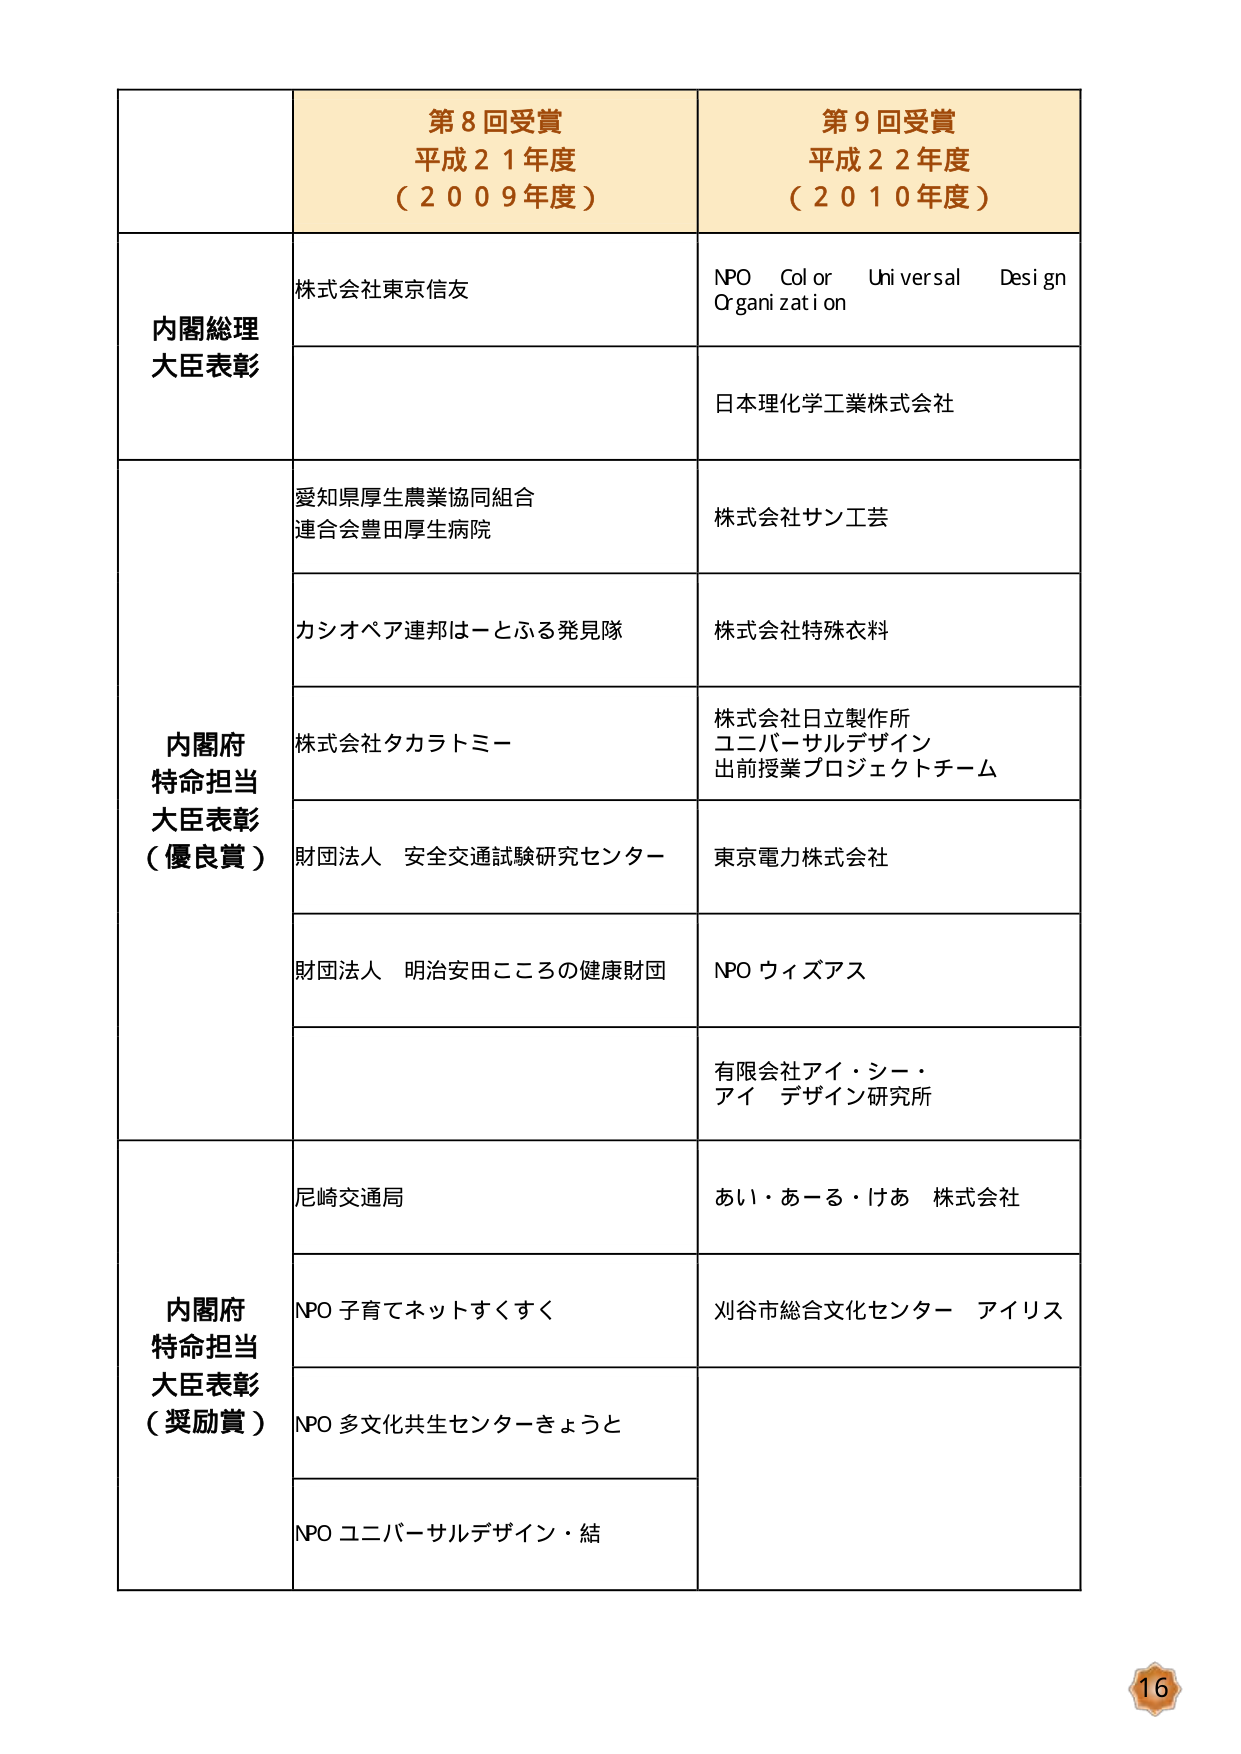
第８回受賞
平成２１年度
（２００９年度）

第９回受賞
平成２２年度
（２０１０年度）

内閣総理大臣表彰
株式会社東京信友
NPO Color Universal Design Organization
日本理化学工業株式会社

内閣府特命担当大臣表彰（優良賞）
愛知県厚生農業協同組合連合会豊田厚生病院
株式会社サン工芸
カシオペア連邦はーとふる発見隊
株式会社特殊衣料
株式会社タカラトミー
株式会社日立製作所
ユニバーサルデザイン
出前授業プロジェクトチーム
財団法人 安全交通試験研究センター
東京電力株式会社
財団法人 明治安田こころの健康財団
NPO ウィズアス
有限会社アイ・シー・アイ デザイン研究所

内閣府特命担当大臣表彰（奨励賞）
尼崎交通局
あい・あーる・けあ 株式会社
NPO 子育てネットすくすく
刈谷市総合文化センター アイリス
NPO 多文化共生センターきょうと
NPO ユニバーサルデザイン・結

16